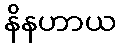
နိနဟာယ